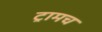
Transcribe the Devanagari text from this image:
ट्रामच